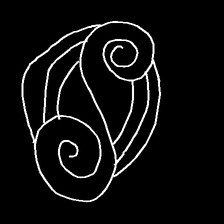
Glyph: wind-underfoot